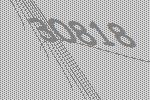
30818